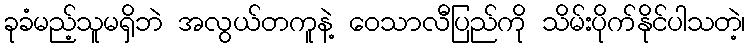
ခုခံမည့်သူမရှိဘဲ အလွယ်တကူနဲ့ ဝေသာလီပြည်ကို သိမ်းပိုက်နိုင်ပါသတဲ့၊